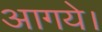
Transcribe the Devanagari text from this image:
आगये।